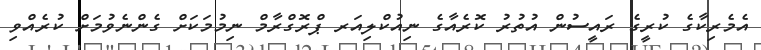
އެމެރިކާގެ ކުރީގެ ރައީސުން އުތުރު ކޮރެއާގެ ނިއުކްލިއަރ ޕްރޮގްރާމް ނިމުމަކަށް ގެންނެވުމަށް ކުރެއްވި